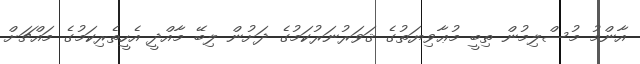
އާންމު މުސްލިމުން ތިބީ މުޢާވިޔަތުގެ ޤަވަރުނަރުކަމުގެ ދަށުން ލިބޭ މާއްދީ އެހީތެރިކަމުގެ މައްޗަށް